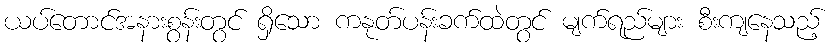
ယပ်တောင်အနားစွန်းတွင် ရှိသော ကနုတ်ပန်းခက်ထဲတွင် မျက်ရည်များ စီးကျနေသည့်